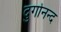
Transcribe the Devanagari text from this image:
दुर्गानन्द